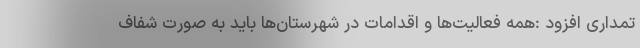
تمداری افزود :همه فعالیت‌ها و اقدامات در شهرستان‌ها باید به صورت شفاف